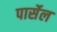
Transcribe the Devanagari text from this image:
पार्सेल